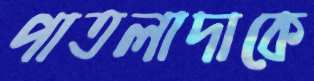
পাতলাদাকে